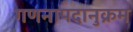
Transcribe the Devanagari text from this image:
गणनापदानुक्रम